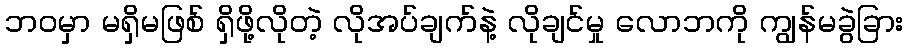
ဘဝမှာ မရှိမဖြစ် ရှိဖို့လိုတဲ့ လိုအပ်ချက်နဲ့ လိုချင်မှု လောဘကို ကျွန်မခွဲခြား